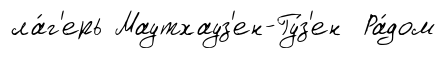
ла́г'ерь Маутхауз'ен-Гу́з'ен Ра́дом